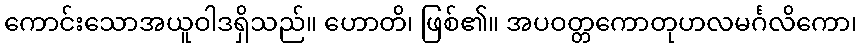
ကောင်းသောအယူဝါဒရှိသည်။ ဟောတိ၊ ဖြစ်၏။ အပဝတ္တကောတုဟလမင်္ဂလိကော၊